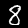
Label: 8